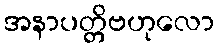
အနာပတ္တိဗဟုလော